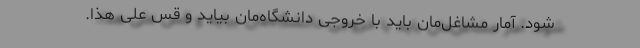
شود. آمار مشاغل‌مان باید با خروجی دانشگاه‌مان بیاید و قس علی هذا.